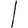
Digit: 1